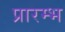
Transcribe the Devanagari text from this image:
प्रारम्भ